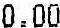
0.00